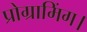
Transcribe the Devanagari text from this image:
प्रोग्रामिंग।